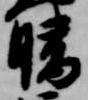
晴